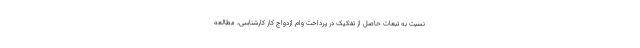
نسبت به تبعات حاصل از تفکیک در پرداخت وام ازدواج کار کارشناسی، مطالعه